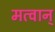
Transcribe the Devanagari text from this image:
मत्वान्